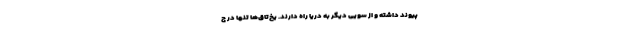
پیوند داشته و از سویی دیگر به دریا راه دارند. یخ‌تاق‌ها تنها در ج